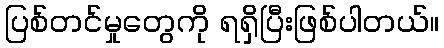
ပြစ်တင်မှုတွေကို ရရှိပြီးဖြစ်ပါတယ်။